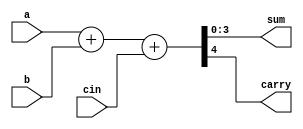
module f_adder(a, b, cin, sum, carry);
   parameter size = 4;
   input   signed  [size-1:0]  a, b, cin;
   output signed   [size-1:0]  sum;
   output carry;
 
   assign {carry, sum} = a+b+cin;
endmodule
 
module testbench;
   parameter size = 4;
   reg signed [size-1:0] a;
   reg signed [size-1:0] b;
   reg signed [size-1:0] cin;
   wire carry;
   wire [size-1:0] sum;
 
   initial begin
       a = 4'd0;
       b = 4'd0;
       cin = 4'd0;
       $dumpfile("f_adder.vcd");
       $dumpvars(0, fadd);
       #10 a = 4'b0010; b = 4'b1011;
       #10 a = 4'b0110; b = 4'b0001;
       #10 a = 4'b1100; b = 4'b0011;
       #10 $finish;
   end
 
   f_adder fadd(a, b, cin, sum, carry);
endmodule